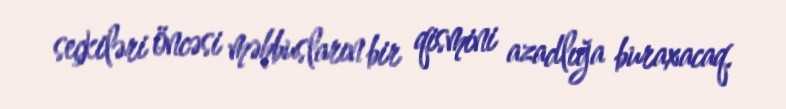
seçkiləri öncəsi məhbusların bir qismini azadlığa buraxacaq.